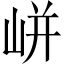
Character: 𡸫